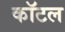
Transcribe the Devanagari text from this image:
कॉटल